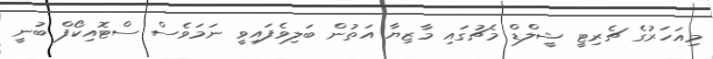
މިއަހަރުގެ ޗެރިޓީ ޝީލްޑް މެޗުގައި މާޒިޔާ އަތުން ބަލިވެފައިވީ ނަމަވެސް ސްޓޮއިކޯފް ބުނީ